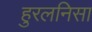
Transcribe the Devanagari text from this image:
हुरलनिसा